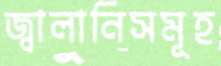
জ্বালানিসমূহ